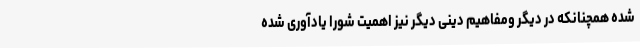
شده همچنانکه در دیگر ومفاهیم دینی دیگر نیز اهمیت شورا یادآوری شده